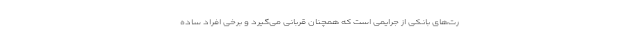
رت‌های بانکی از جرایمی است که همچنان قربانی می‌گیرد و برخی افراد ساده